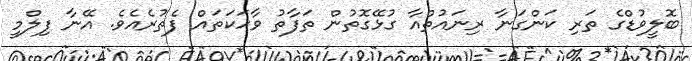
ބޮލީވުޑްގެ ތަރި ކަންގަނާ ރިނައުތްއާ ގުޅޭގޮތުން ތަފާތު ވާހަކަތައް ފެތުރެއެވެ. އޭނާ ފިލްމީ